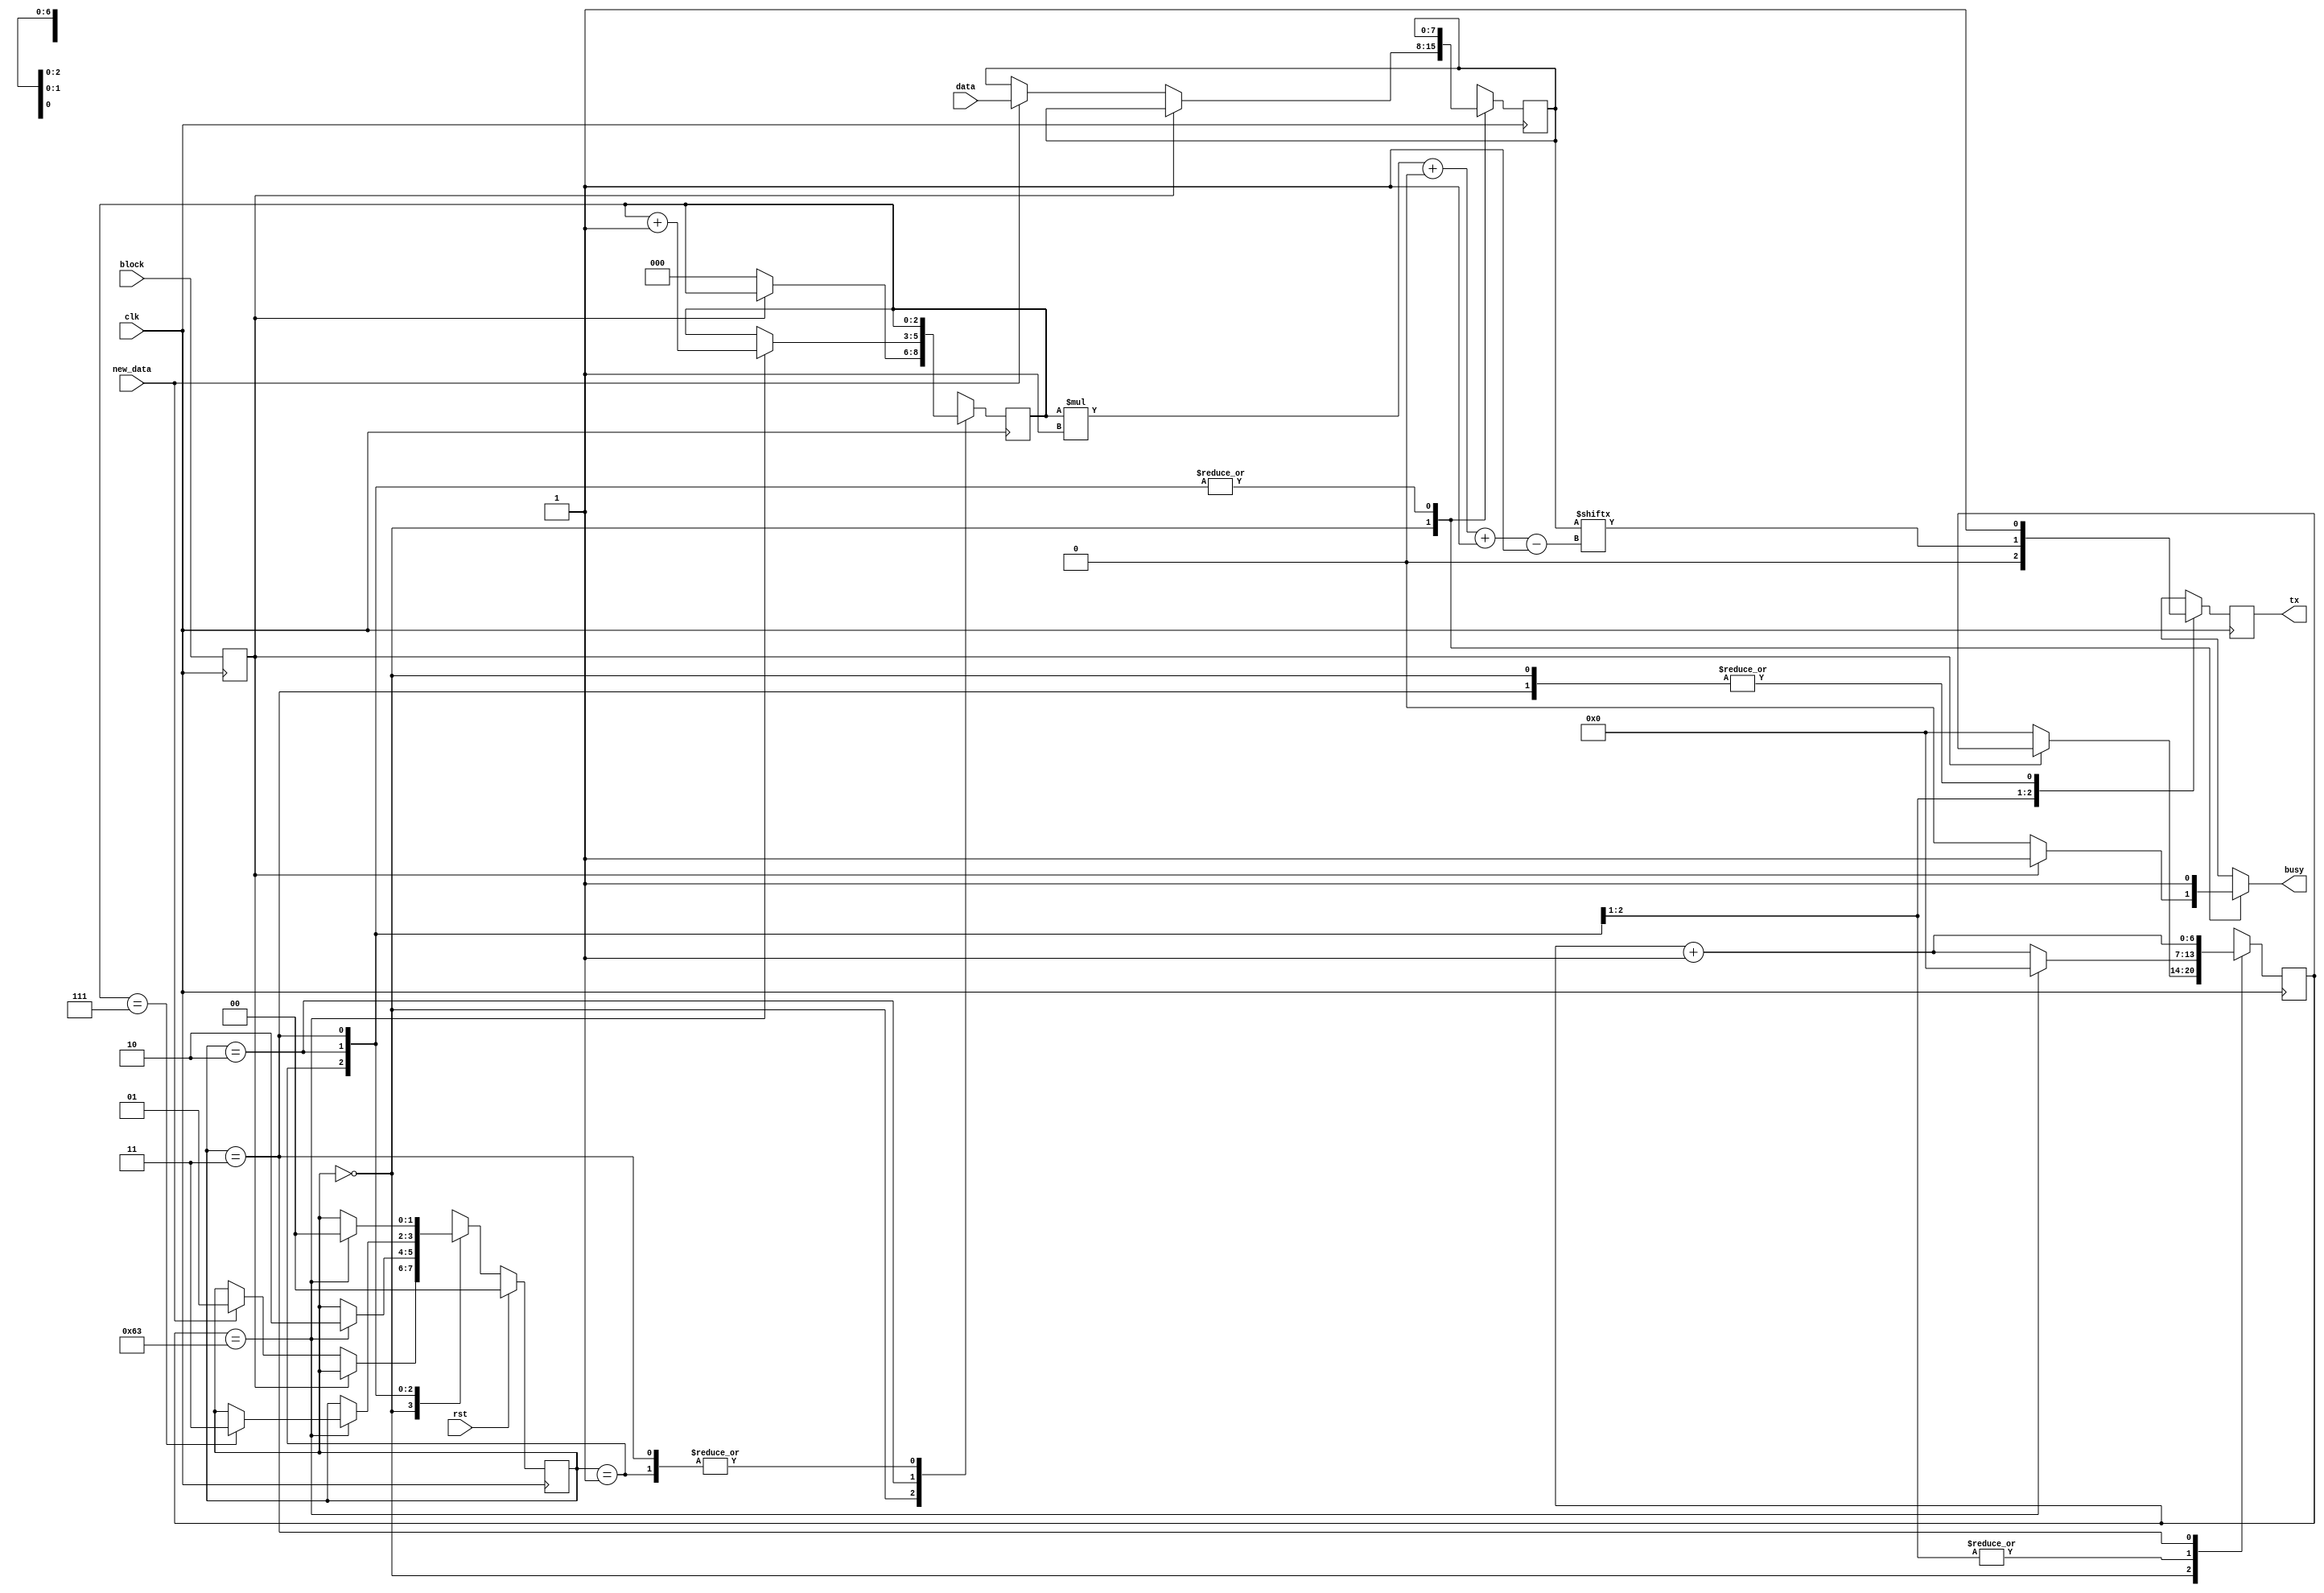
module uart_tx_7 (
    input clk,
    input rst,
    output reg tx,
    input block,
    output reg busy,
    input [7:0] data,
    input new_data
  );
  
  localparam CLK_FREQ = 26'h2faf080;
  localparam BAUD = 19'h7a120;
  
  
  localparam CLK_PER_BIT = 28'h0000064;
  
  localparam CTR_SIZE = 3'h7;
  
  localparam IDLE_state = 2'd0;
  localparam START_BIT_state = 2'd1;
  localparam DATA_state = 2'd2;
  localparam STOP_BIT_state = 2'd3;
  
  reg [1:0] M_state_d, M_state_q = IDLE_state;
  reg [6:0] M_ctr_d, M_ctr_q = 1'h0;
  reg [2:0] M_bitCtr_d, M_bitCtr_q = 1'h0;
  reg [7:0] M_savedData_d, M_savedData_q = 1'h0;
  reg M_txReg_d, M_txReg_q = 1'h0;
  reg M_blockFlag_d, M_blockFlag_q = 1'h0;
  
  always @* begin
    M_state_d = M_state_q;
    M_ctr_d = M_ctr_q;
    M_blockFlag_d = M_blockFlag_q;
    M_txReg_d = M_txReg_q;
    M_savedData_d = M_savedData_q;
    M_bitCtr_d = M_bitCtr_q;
    
    tx = M_txReg_q;
    busy = 1'h1;
    M_blockFlag_d = block;
    
    case (M_state_q)
      IDLE_state: begin
        M_txReg_d = 1'h1;
        if (!M_blockFlag_q) begin
          busy = 1'h0;
          M_bitCtr_d = 1'h0;
          M_ctr_d = 1'h0;
          if (new_data) begin
            M_savedData_d = data;
            M_state_d = START_BIT_state;
          end
        end
      end
      START_BIT_state: begin
        M_ctr_d = M_ctr_q + 1'h1;
        M_txReg_d = 1'h0;
        if (M_ctr_q == 29'h00000063) begin
          M_ctr_d = 1'h0;
          M_state_d = DATA_state;
        end
      end
      DATA_state: begin
        M_txReg_d = M_savedData_q[(M_bitCtr_q)*1+0-:1];
        M_ctr_d = M_ctr_q + 1'h1;
        if (M_ctr_q == 29'h00000063) begin
          M_ctr_d = 1'h0;
          M_bitCtr_d = M_bitCtr_q + 1'h1;
          if (M_bitCtr_q == 3'h7) begin
            M_state_d = STOP_BIT_state;
          end
        end
      end
      STOP_BIT_state: begin
        M_txReg_d = 1'h1;
        M_ctr_d = M_ctr_q + 1'h1;
        if (M_ctr_q == 29'h00000063) begin
          M_state_d = IDLE_state;
        end
      end
      default: begin
        M_state_d = IDLE_state;
      end
    endcase
  end
  
  always @(posedge clk) begin
    M_ctr_q <= M_ctr_d;
    M_bitCtr_q <= M_bitCtr_d;
    M_savedData_q <= M_savedData_d;
    M_txReg_q <= M_txReg_d;
    M_blockFlag_q <= M_blockFlag_d;
    
    if (rst == 1'b1) begin
      M_state_q <= 1'h0;
    end else begin
      M_state_q <= M_state_d;
    end
  end
  
endmodule